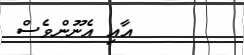
އާއި އެނޫންވެސް